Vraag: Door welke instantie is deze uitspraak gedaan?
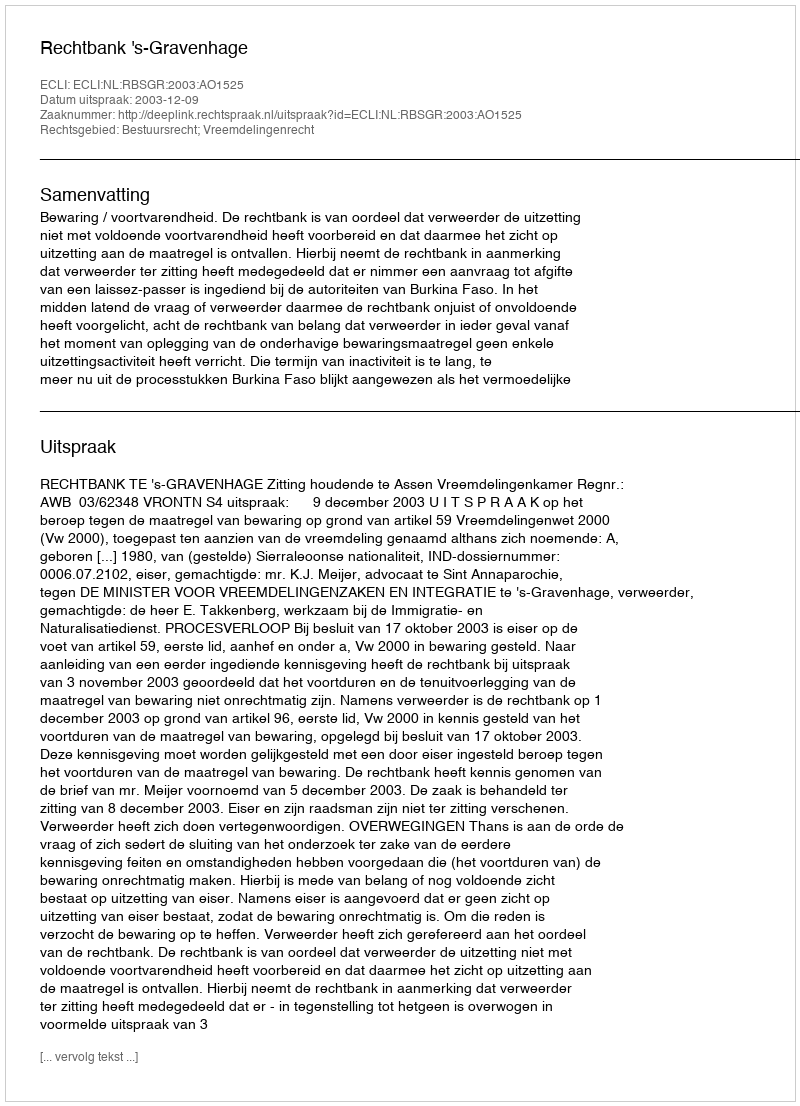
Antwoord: Rechtbank 's-Gravenhage